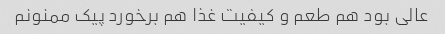
عالی بود هم طعم و کیفیت غذا هم برخورد پیک ممنونم